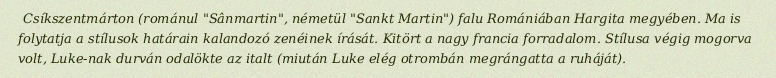
Csíkszentmárton (románul "Sânmartin", németül "Sankt Martin") falu Romániában Hargita megyében. Ma is folytatja a stílusok határain kalandozó zenéinek írását. Kitört a nagy francia forradalom. Stílusa végig mogorva volt, Luke-nak durván odalökte az italt (miután Luke elég otrombán megrángatta a ruháját).